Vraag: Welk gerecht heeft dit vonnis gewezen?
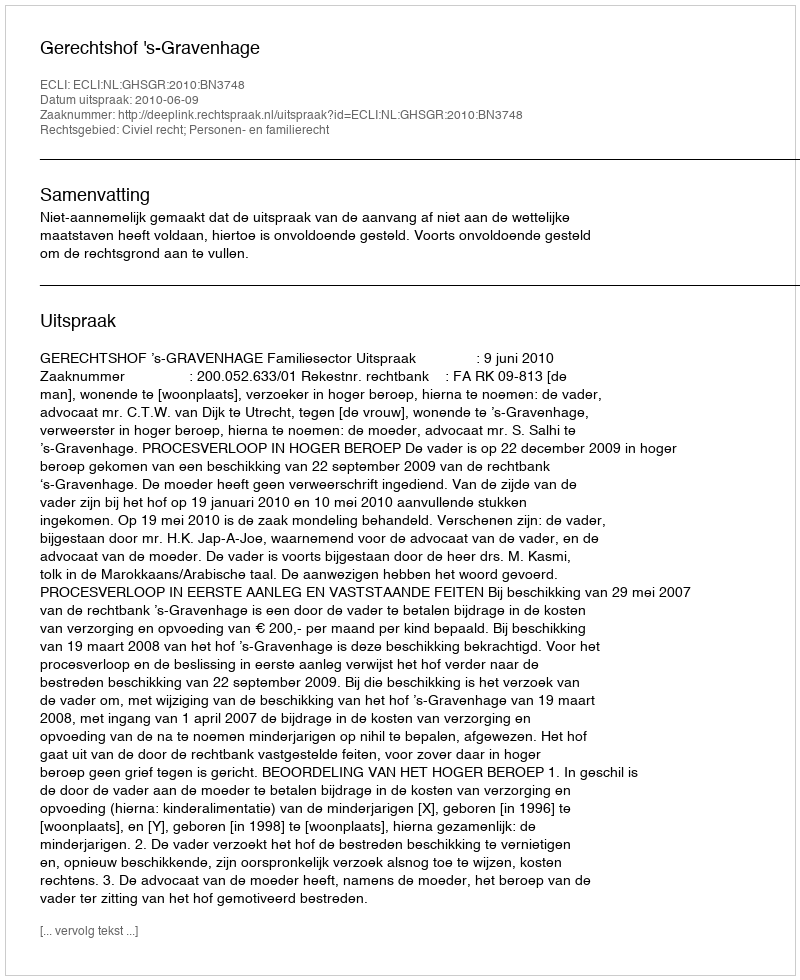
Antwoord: Gerechtshof 's-Gravenhage